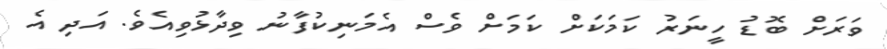
ވަރަށް ބޮޑު ހީނަރު ކަމަކަށް ކަމަށް ވެސް އެމަނިކުފާނު ވިދާޅުވިއެވެ. އަދި އެ